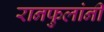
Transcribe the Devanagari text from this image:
रानफुलांनी